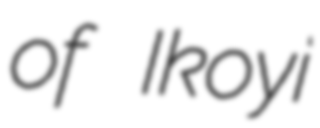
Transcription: of Ikoyi